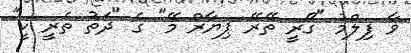
ވާ ފިލްމު "ގޯރީ ތޭރޭ ޕިޔާރް މޭ" ގެ "ދަތު ތެރީ ކީ"